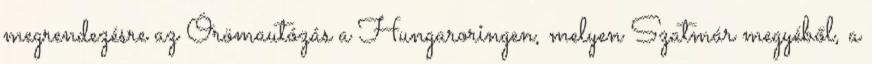
megrendezésre az Örömautózás a Hungaroringen, melyen Szatmár megyéből, a